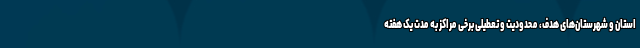
استان و شهرستان‌های هدف، محدودیت و تعطیلی برخی مراکز به مدت یک هفته